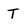
Character: T